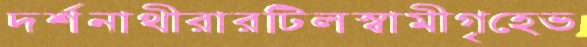
দর্শনাথীরারটিলস্বামীগৃহেভ